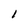
Character: l